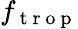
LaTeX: f_{\mathrm{~t~r~o~p~}}